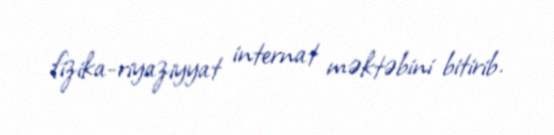
fizika-riyaziyyat internat məktəbini bitirib.